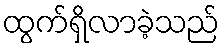
ထွက်ရှိလာခဲ့သည်